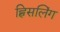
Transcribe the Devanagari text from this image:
ह्विसलिंग